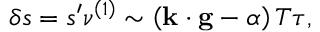
\delta s = s ^ { \prime } \nu ^ { \left( 1 \right) } \sim \left( \mathbf { k } \cdot \mathbf { g } - \alpha \right) T \tau ,